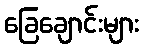
ခြေချောင်းများ